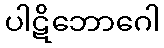
ပါဋိဘောဂေါ